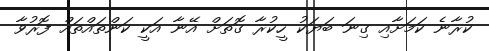
ކުރާނެ ކަމަށާއި ގިނަ ބަޔަކު ހީކުރާ ގޮތަށް އޭނާ އަކީ ކަންތައްތައް ފޮރުވާ